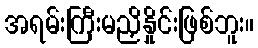
အရမ်းကြီးမညှိနှိုင်းဖြစ်ဘူး။